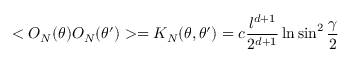
< { \cal O } _ { N } ( \theta ) { \cal O } _ { N } ( \theta ^ { \prime } ) > = K _ { N } ( \theta , \theta ^ { \prime } ) = c { \frac { l ^ { d + 1 } } { 2 ^ { d + 1 } } } \ln \sin ^ { 2 } { \frac { \gamma } { 2 } }